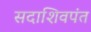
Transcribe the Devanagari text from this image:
सदाशिवपंत